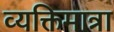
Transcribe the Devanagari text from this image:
व्यक्तिमात्रा